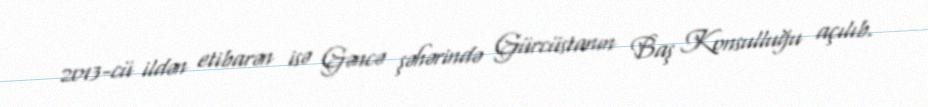
2013-cü ildən etibarən isə Gəncə şəhərində Gürcüstanın Baş Konsulluğu açılıb.